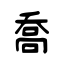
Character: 喬